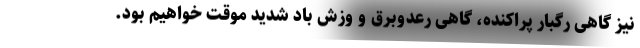
نیز گاهی رگبار پراکنده، گاهی رعدوبرق و وزش باد شدید موقت خواهیم بود.